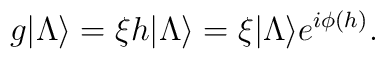
g |\Lambda \rangle = \xi h  |\Lambda \rangle  = \xi  |\Lambda \rangle  e^{i\phi(h)}.